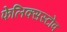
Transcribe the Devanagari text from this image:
फेलिक्सस्टोव